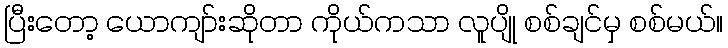
ပြီးတော့ ယောကျာ်းဆိုတာ ကိုယ်ကသာ လူပျို စစ်ချင်မှ စစ်မယ်။